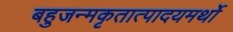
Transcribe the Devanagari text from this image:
बहुजन्मकृतात्पादयमर्थो